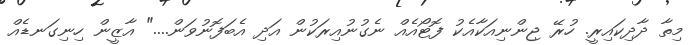
މިތާ ދާދިކައިރީ. ހުރޭ ޖިންނިއަކާއެކު ފޮޓޯއެއް ނެގުނުއިރަކުން އަދި އެބަފޮނުވަން...." އާޒީން ހިނިގަނޑެއް